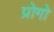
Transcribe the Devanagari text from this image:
प्रोगो